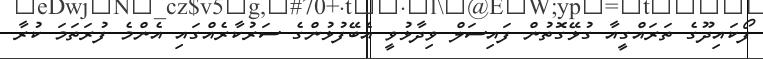
ފޯކައިދޫގެ ތަރައްގީއާ ގުޅޭގޮތުން ފައިސަލް ވިދާޅުވީ އެބޭފުޅުންގެ ސަރުކާރެއްގައި އެންމެ ފުރަތަމަ ކުރާ